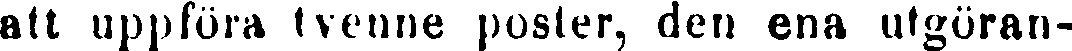
alt uppföra tvenne poster, den ena utgöran-